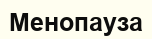
Менопауза